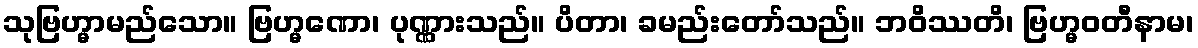
သုဗြဟ္မာမည်သော။ ဗြဟ္မဏော၊ ပုဏ္ဏားသည်။ ပိတာ၊ ခမည်းတော်သည်။ ဘဝိဿတိ၊ ဗြဟ္မဝတီနာမ၊